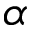
\alpha